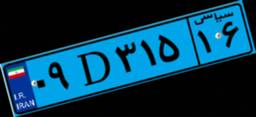
۴۸D۵۴۲۵۴